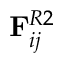
\mathbf { F } _ { i j } ^ { R 2 }